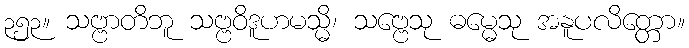
၃၅၃။ သဗ္ဗာတိဘူ သဗ္ဗဝိဒူဟမသ္မိ၊ သဗ္ဗေသု ဓမ္မေသု အနူပလိတ္တော။